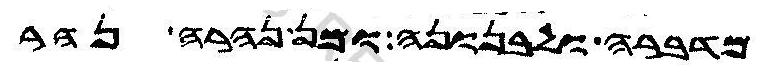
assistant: מדברה ולבנונה ומן נהרה נהר